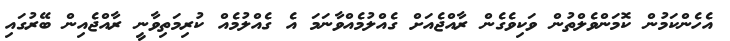
އެހެންކަމުން ކޮމަންވެލްތުން ވަކިވެގެން ރާއްޖެއަށް ގެއްލުމެއްވާނަމަ އެ ގެއްލުމެއް ކުރިމަތިވާނީ ރާއްޖެއިން ބޭރުގައި